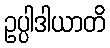
ဥပ္ပါဒါယာတိ